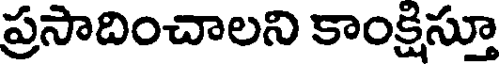
ప్రసాదించాలని కాంక్షిస్తూ